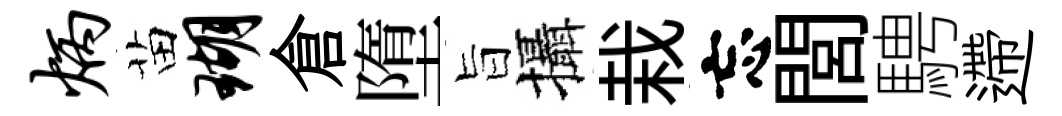
炳苗瑚倉墮旨攝栽忘閭騁遰